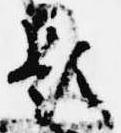
題